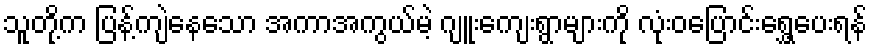
သူတို့က ပြန့်ကျဲနေသော အကာအကွယ်မဲ့ ဂျူးကျေးရွာများကို လုံးဝပြောင်းရွှေ့ပေးရန်